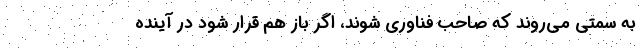
به سمتی می‌روند که صاحب فناوری شوند، اگر باز هم قرار شود در آینده